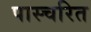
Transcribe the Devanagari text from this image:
पास्चरित